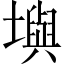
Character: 𪤧